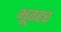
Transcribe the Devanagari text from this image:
भूतहर